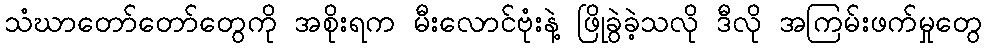
သံဃာတော်တော်တွေကို အစိုးရက မီးလောင်ဗုံးနဲ့ ဖြိုခွဲခဲ့သလို ဒီလို အကြမ်းဖက်မှုတွေ